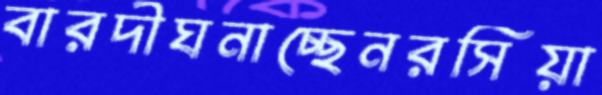
বারদীঘনাচ্ছেনরসিয়া